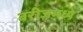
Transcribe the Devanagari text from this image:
बरीजमध्ये